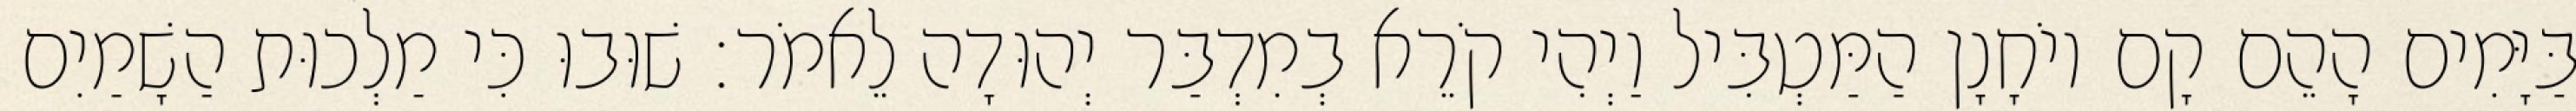
בַּיָּמִים הָהֵם קָם יוֹחָנָן הַמַּטְבִּיל וַיְהִי קֹרֵא בְמִדְבַּר יְהוּדָה לֵאמֹר׃ שׁוּבוּ כִּי מַלְכוּת הַשָׁמַיִם